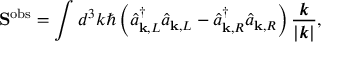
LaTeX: \mathbf { S } ^ { \mathrm { { o b s } } } = \int d ^ { 3 } k \hbar \left( { \hat { a } } _ { \mathbf { k } , L } ^ { \dagger } { \hat { a } } _ { \mathbf { k } , L } - { \hat { a } } _ { \mathbf { k } , R } ^ { \dagger } { \hat { a } } _ { \mathbf { k } , R } \right) { \frac { \boldsymbol { k } } { | { \boldsymbol { k } } | } } ,